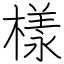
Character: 樣